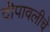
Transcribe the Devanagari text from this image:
दीपावलीचे